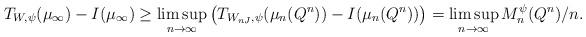
LaTeX: \begin{align*}T_{W,\psi}(\mu_\infty) - I(\mu_\infty) &\ge \limsup_{n \to \infty} \big(T_{W_{n J},\psi} (\mu_n(Q^n)) - I(\mu_n(Q^n)) \big) =\limsup_{n \to \infty} M_n^\psi (Q^n)/n.\end{align*}